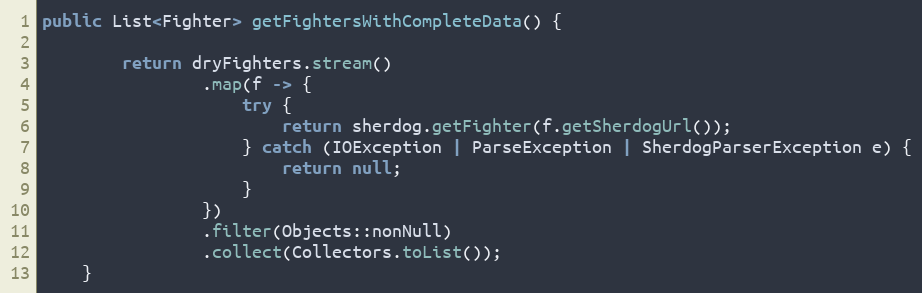
Language: Java
public List<Fighter> getFightersWithCompleteData() {

        return dryFighters.stream()
                .map(f -> {
                    try {
                        return sherdog.getFighter(f.getSherdogUrl());
                    } catch (IOException | ParseException | SherdogParserException e) {
                        return null;
                    }
                })
                .filter(Objects::nonNull)
                .collect(Collectors.toList());
    }